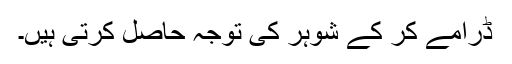
ڈرامے کر کے شوہر کی توجہ حاصل کرتی ہیں۔